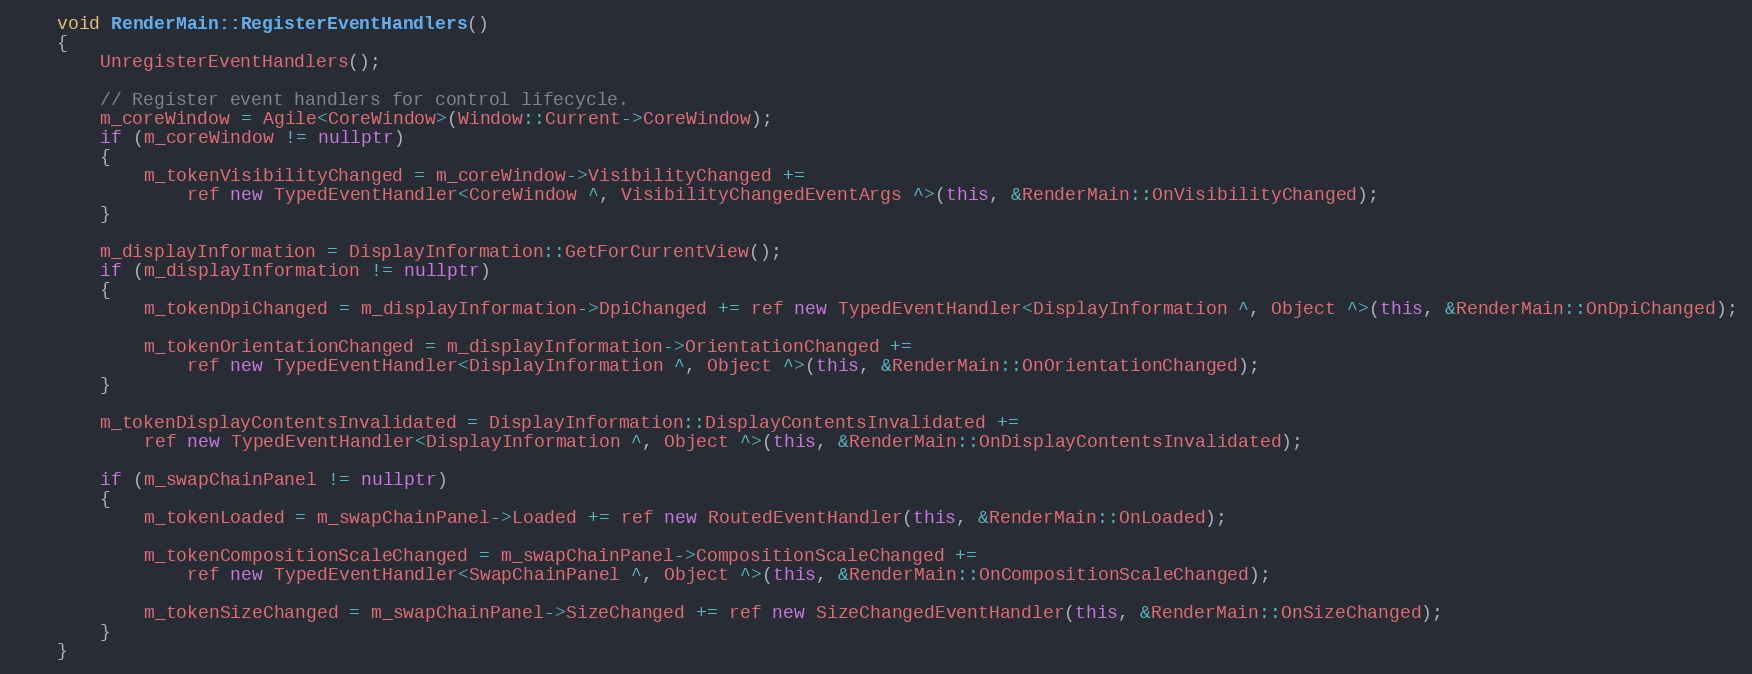
Language: C++
    void RenderMain::RegisterEventHandlers()
    {
        UnregisterEventHandlers();

        // Register event handlers for control lifecycle.
        m_coreWindow = Agile<CoreWindow>(Window::Current->CoreWindow);
        if (m_coreWindow != nullptr)
        {
            m_tokenVisibilityChanged = m_coreWindow->VisibilityChanged +=
                ref new TypedEventHandler<CoreWindow ^, VisibilityChangedEventArgs ^>(this, &RenderMain::OnVisibilityChanged);
        }

        m_displayInformation = DisplayInformation::GetForCurrentView();
        if (m_displayInformation != nullptr)
        {
            m_tokenDpiChanged = m_displayInformation->DpiChanged += ref new TypedEventHandler<DisplayInformation ^, Object ^>(this, &RenderMain::OnDpiChanged);

            m_tokenOrientationChanged = m_displayInformation->OrientationChanged +=
                ref new TypedEventHandler<DisplayInformation ^, Object ^>(this, &RenderMain::OnOrientationChanged);
        }

        m_tokenDisplayContentsInvalidated = DisplayInformation::DisplayContentsInvalidated +=
            ref new TypedEventHandler<DisplayInformation ^, Object ^>(this, &RenderMain::OnDisplayContentsInvalidated);

        if (m_swapChainPanel != nullptr)
        {
            m_tokenLoaded = m_swapChainPanel->Loaded += ref new RoutedEventHandler(this, &RenderMain::OnLoaded);

            m_tokenCompositionScaleChanged = m_swapChainPanel->CompositionScaleChanged +=
                ref new TypedEventHandler<SwapChainPanel ^, Object ^>(this, &RenderMain::OnCompositionScaleChanged);

            m_tokenSizeChanged = m_swapChainPanel->SizeChanged += ref new SizeChangedEventHandler(this, &RenderMain::OnSizeChanged);
        }
    }